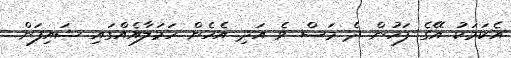
އެކަމަކު އޭގެ ފަހުން ދެ މަސް ވެ އަދި އެހެން ހަމަލާއެއްގައި ޝައިފަން